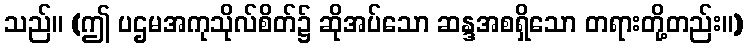
သည်။ (ဤ ပဌမအကုသိုလ်စိတ်၌ ဆိုအပ်သော ဆန္ဒအစရှိသော တရားတို့တည်း။)